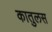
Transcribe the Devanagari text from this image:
कातुलस